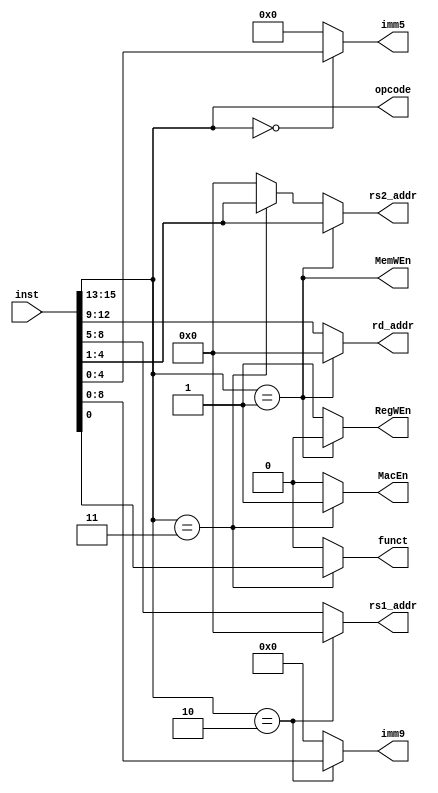
`timescale 1ns / 1ps
//////////////////////////////////////////////////////////////////////////////////
// Module Name: decode
// Description: 
// 
// 
//////////////////////////////////////////////////////////////////////////////////

module decode #(
    parameter    ISA_WIDTH  = 16,
    parameter    REG_ADDR_WIDTH = 4
)   (
    input  [ISA_WIDTH - 1 : 0]    inst,

    //-------------------
    output [REG_ADDR_WIDTH - 1 : 0]   rd_addr,
    output [REG_ADDR_WIDTH - 1 : 0]   rs1_addr,
    output [REG_ADDR_WIDTH - 1 : 0]   rs2_addr,
    output [4:0] imm5,
    output [8:0] imm9,
    output funct,
    output [2:0] opcode,
    output RegWEn,
    output MemWEn,
    output MacEn
);


assign opcode = inst[15:13];    //

parameter LOAD = 3'b000;
parameter STORE = 3'b001;
parameter MOVE = 3'b010;
parameter MAC = 3'b011;

assign rd_addr = opcode==STORE ? 0:inst[12:9];    //0
assign rs1_addr = opcode==MOVE ? 0:inst[8:5];        //MOV
assign rs2_addr = opcode==STORE ? inst[4:1]:(opcode==MAC ? inst[4:1]:0);
assign imm5 = opcode==LOAD ? inst[4:0]:0;
assign imm9 = opcode==MOVE ? inst[8:0]:0;
assign funct = opcode==MAC ? inst[0]:0;         //

assign RegWEn = opcode==STORE ? 0:1;
assign MemWEn = ~RegWEn;
assign MacEn = opcode==MAC ? 1:0;


endmodule  //decode